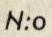
N:o